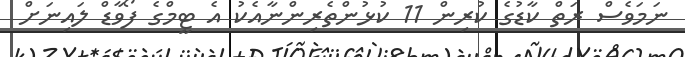
ނަމަވެސް ރަތް ކާޑުގެ ކުރިން 11 ކުޅުންތެރިންނާއެކު އެ ޓީމްގެ ފޯވާޑް ލައިނަށް